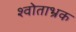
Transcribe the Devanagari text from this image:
श्वोताभ्रक